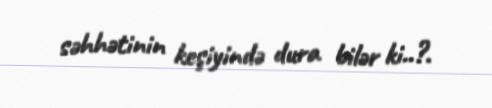
səhhətinin keşiyində dura bilər ki..?.